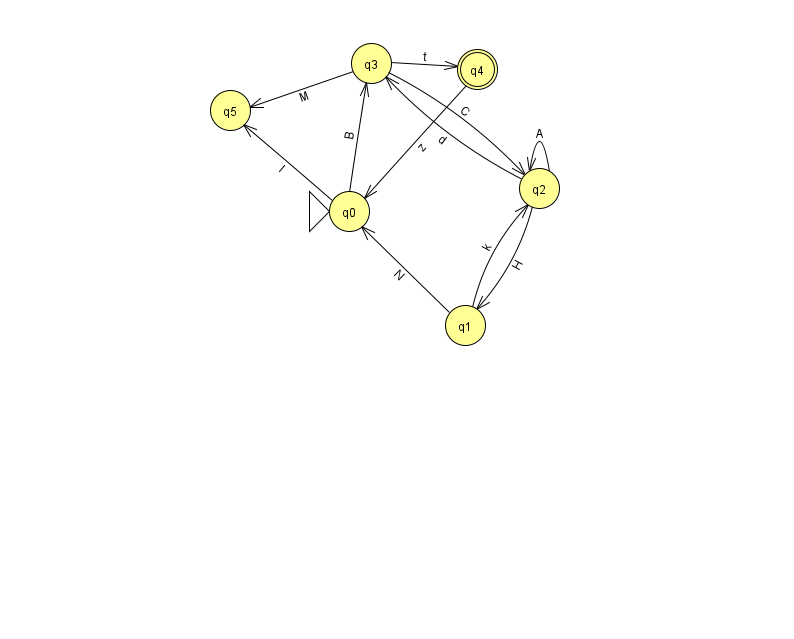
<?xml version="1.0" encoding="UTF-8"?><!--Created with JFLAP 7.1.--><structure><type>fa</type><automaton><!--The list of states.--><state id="0" name="q0"><x>349.0</x><y>198.0</y><initial/></state><state id="1" name="q1"><x>465.0</x><y>312.0</y></state><state id="2" name="q2"><x>539.0</x><y>175.0</y></state><state id="3" name="q3"><x>371.0</x><y>50.0</y></state><state id="4" name="q4"><x>477.0</x><y>56.0</y><final/></state><state id="5" name="q5"><x>230.0</x><y>97.0</y></state><!--The list of transitions.--><transition><from>2</from><to>2</to><read>A</read></transition><transition><from>1</from><to>0</to><read>N</read></transition><transition><from>4</from><to>0</to><read>z</read></transition><transition><from>0</from><to>3</to><read>B</read></transition><transition><from>3</from><to>4</to><read>t</read></transition><transition><from>0</from><to>5</to><read>I</read></transition><transition><from>2</from><to>3</to><read>d</read></transition><transition><from>3</from><to>5</to><read>M</read></transition><transition><from>3</from><to>2</to><read>C</read></transition><transition><from>1</from><to>2</to><read>k</read></transition><transition><from>2</from><to>1</to><read>H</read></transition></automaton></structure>